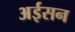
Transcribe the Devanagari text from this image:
अईसन